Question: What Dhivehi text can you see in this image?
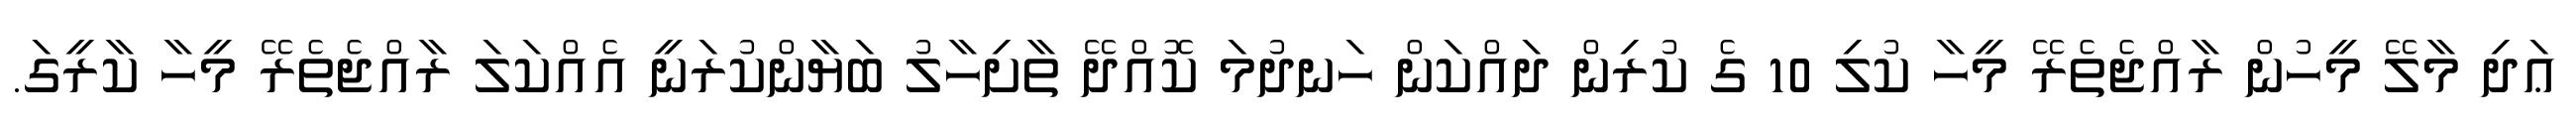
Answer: ޢަދި މާލޭ މީހުން ރާއްޖެތެރޭ މީހާ ކުލި 10 ގެ ކުރިން ދައްކަން ހަނދުމަ ކޮއްދޭ ތާށިހާލު ބަޔާންކުރަނީ އެއްކަލަ ރާއްޖެތެރޭ މީހާ ކާރީގަ.